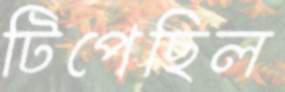
টিপেছিল